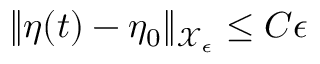
\| \eta ( t ) - \eta _ { 0 } \| _ { \mathcal { X } _ { \epsilon } } \le C \epsilon